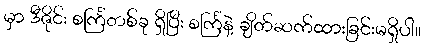
မှာ ဒီဇိုင်း စင်္ကြံတစ်ခု ရှိပြီး စင်္ကြံနဲ့ ချိတ်ဆက်ထားခြင်းမရှိပါ။